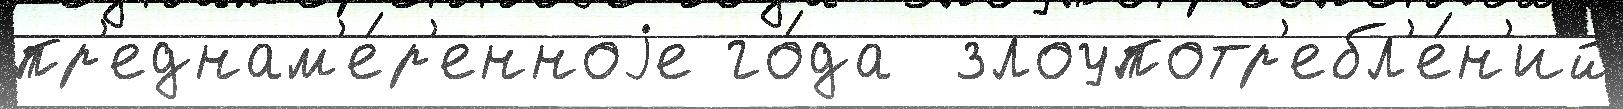
пр'еднам'е́р'енноjе го́да  злоупотр'ебл'е́н'ий